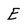
Character: E